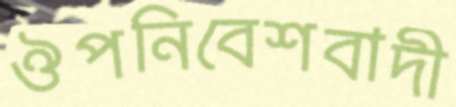
ঔপনিবেশবাদী